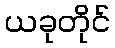
ယခုတိုင်